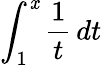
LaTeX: \int_{1}^{\mathit{x}}{\frac{{1}}{{t}}}\, dt